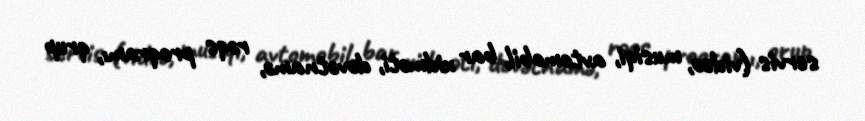
servis (video, musiqi, avtomobil, bar xidməti, dəvətnamə, rəqs proqramı, qrup